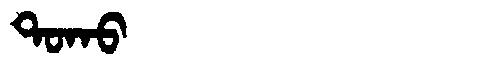
Manchu: ᡨᠣᡴᠣ
Romanization: TOKO